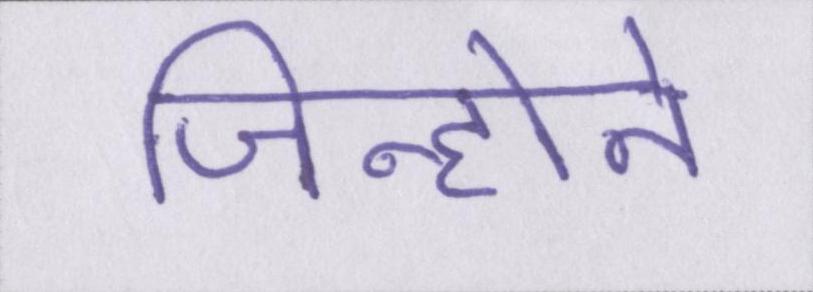
जिन्होने